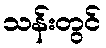
သန်းတွင်